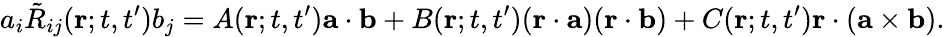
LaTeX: a_{i}\tilde{R}_{ij}({\mathbf{r}};t,t^{\prime})b_{j}=A({\mathbf{r}};t,t^{\prime}){\mathbf{a}}\cdot{\mathbf{b}}+B({\mathbf{r}};t,t^{\prime})({\mathbf{r}}\cdot{\mathbf{a}})({\mathbf{r}}\cdot{\mathbf{b}})+C({\mathbf{r}};t,t^{\prime}){\mathbf{r}}\cdot({\mathbf{a}}\times{\mathbf{b}}).